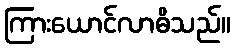
ကြားယောင်လာဓိသည်။